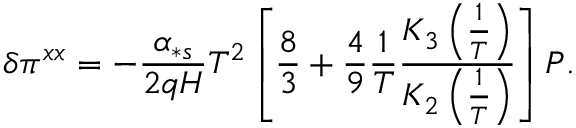
\delta \pi ^ { x x } = - \frac { \alpha _ { \ast s } } { 2 q H } T ^ { 2 } \left[ \frac { 8 } { 3 } + \frac { 4 } { 9 } \frac { 1 } { T } \frac { K _ { 3 } \left( \frac { 1 } { T } \right) } { K _ { 2 } \left( \frac { 1 } { T } \right) } \right] P .